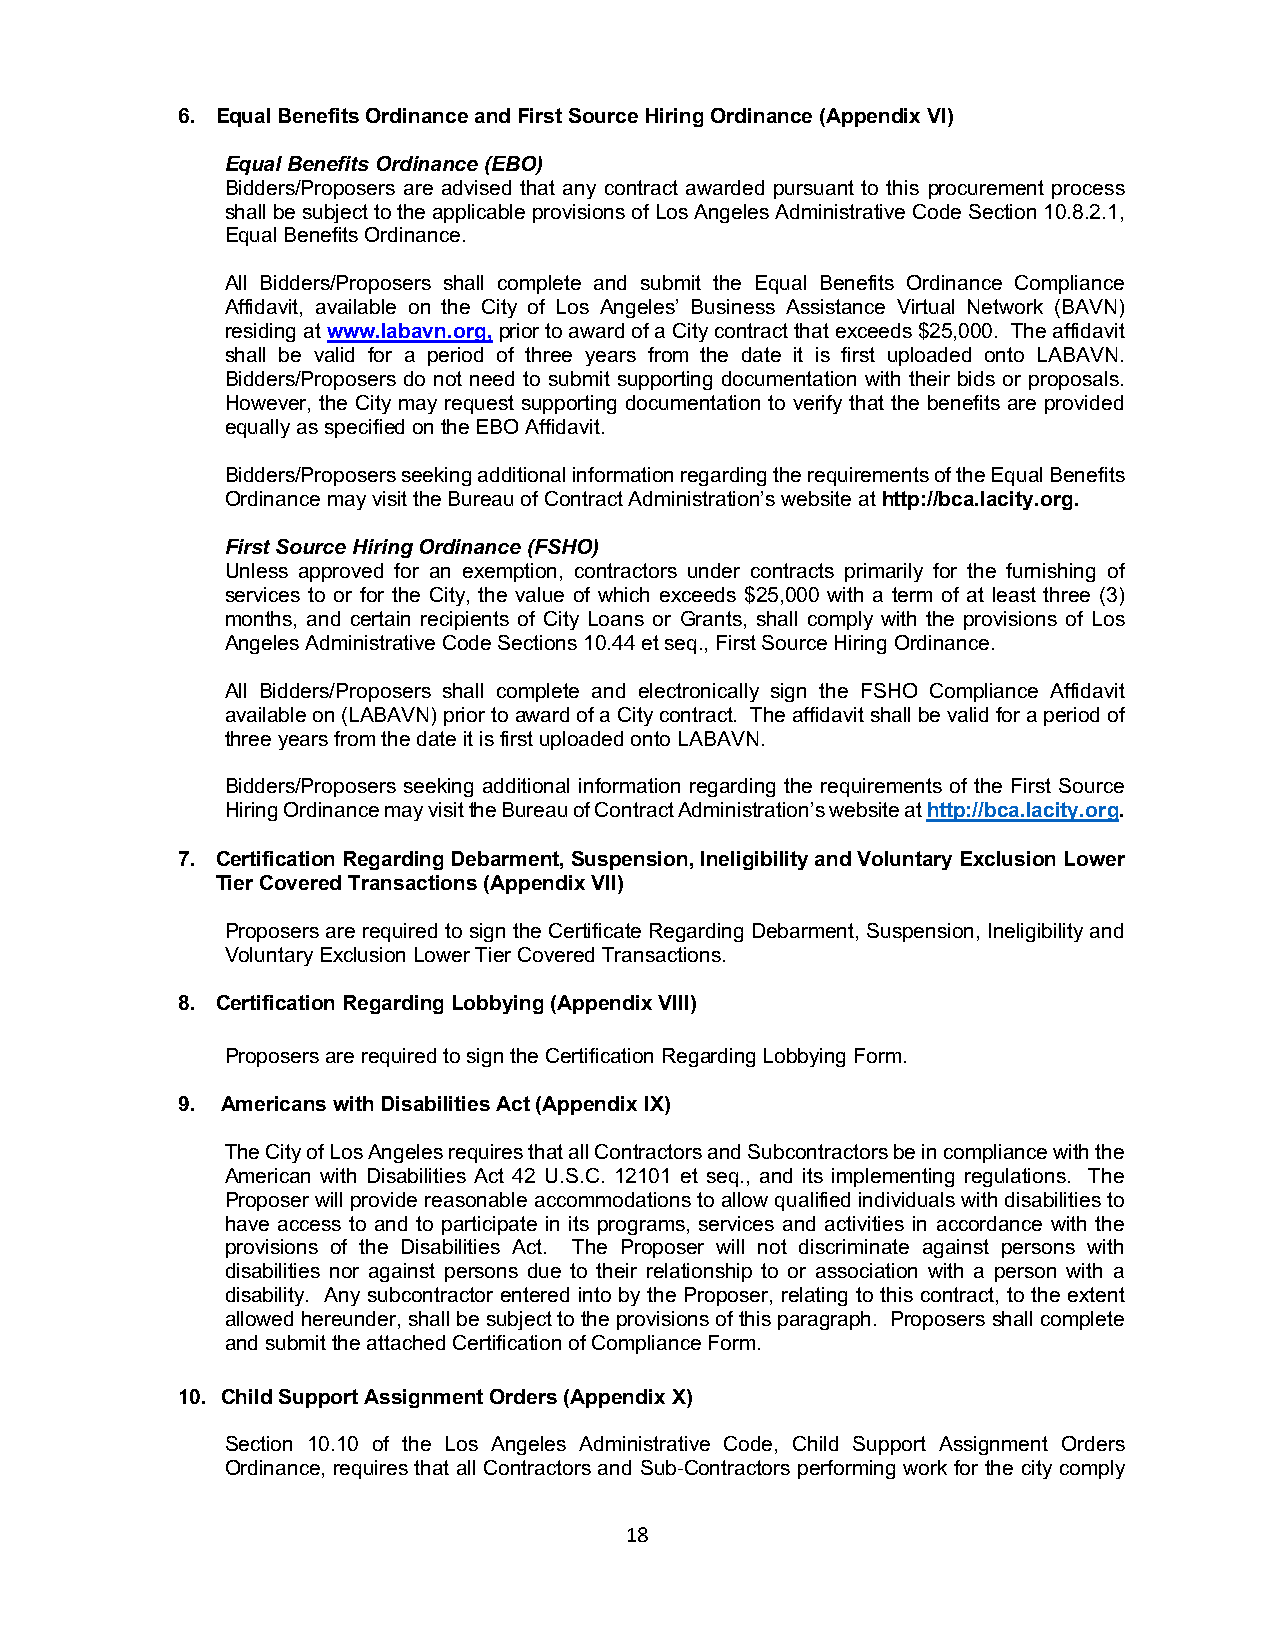
6. Equal Benefits Ordinance and First Source Hiring Ordinance (Appendix VI)
 Equal Benefits Ordinance (EBO)
 Bidders/Proposers are advised that any contract awarded pursuant to this procurement process
 shall be subject to the applicable provisions of Los Angeles Administrative Code Section 10.8.2.1,
 Equal Benefits Ordinance.
 All Bidders/Proposers shall complete and submit the Equal Benefits Ordinance Compliance
 Affidavit, available on the City of Los Angeles’ Business Assistance Virtual Network (BAVN)
 residing at www.labavn.org, prior to award of a City contract that exceeds $25,000. The affidavit
 shall be valid for a period of three years from the date it is first uploaded onto LABAVN.
 Bidders/Proposers do not need to submit supporting documentation with their bids or proposals.
 However, the City may request supporting documentation to verify that the benefits are provided
 equally as specified on the EBO Affidavit.
 Bidders/Proposers seeking additional information regarding the requirements of the Equal Benefits
 Ordinance may visit the Bureau of Contract Administration’s website at http://bca.lacity.org.
 First Source Hiring Ordinance (FSHO)
 Unless approved for an exemption, contractors under contracts primarily for the furnishing of
 services to or for the City, the value of which exceeds $25,000 with a term of at least three (3)
 months, and certain recipients of City Loans or Grants, shall comply with the provisions of Los
 Angeles Administrative Code Sections 10.44 et seq., First Source Hiring Ordinance.
 All Bidders/Proposers shall complete and electronically sign the FSHO Compliance Affidavit
 available on (LABAVN) prior to award of a City contract. The affidavit shall be valid for a period of
 three years from the date it is first uploaded onto LABAVN.
 Bidders/Proposers seeking additional information regarding the requirements of the First Source
 Hiring Ordinance may visit the Bureau of Contract Administration’s website at http://bca.lacity.org.
 7. Certification Regarding Debarment, Suspension, Ineligibility and Voluntary Exclusion Lower
 Tier Covered Transactions (Appendix VII)
 Proposers are required to sign the Certificate Regarding Debarment, Suspension, Ineligibility and
 Voluntary Exclusion Lower Tier Covered Transactions.
 8. Certification Regarding Lobbying (Appendix VIII)
 Proposers are required to sign the Certification Regarding Lobbying Form.
 9. Americans with Disabilities Act (Appendix IX)
 The City of Los Angeles requires that all Contractors and Subcontractors be in compliance with the
 American with Disabilities Act 42 U.S.C. 12101 et seq., and its implementing regulations. The
 Proposer will provide reasonable accommodations to allow qualified individuals with disabilities to
 have access to and to participate in its programs, services and activities in accordance with the
 provisions of the Disabilities Act. The Proposer will not discriminate against persons with
 disabilities nor against persons due to their relationship to or association with a person with a
 disability. Any subcontractor entered into by the Proposer, relating to this contract, to the extent
 allowed hereunder, shall be subject to the provisions of this paragraph. Proposers shall complete
 and submit the attached Certification of Compliance Form.
 10. Child Support Assignment Orders (Appendix X)
 Section 10.10 of the Los Angeles Administrative Code, Child Support Assignment Orders
 Ordinance, requires that all Contractors and Sub-Contractors performing work for the city comply
 18